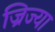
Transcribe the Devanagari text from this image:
ज्रिज्या